Vaccine operations Central Provinces 1886-1899 - 1886-1899
Year: 1886
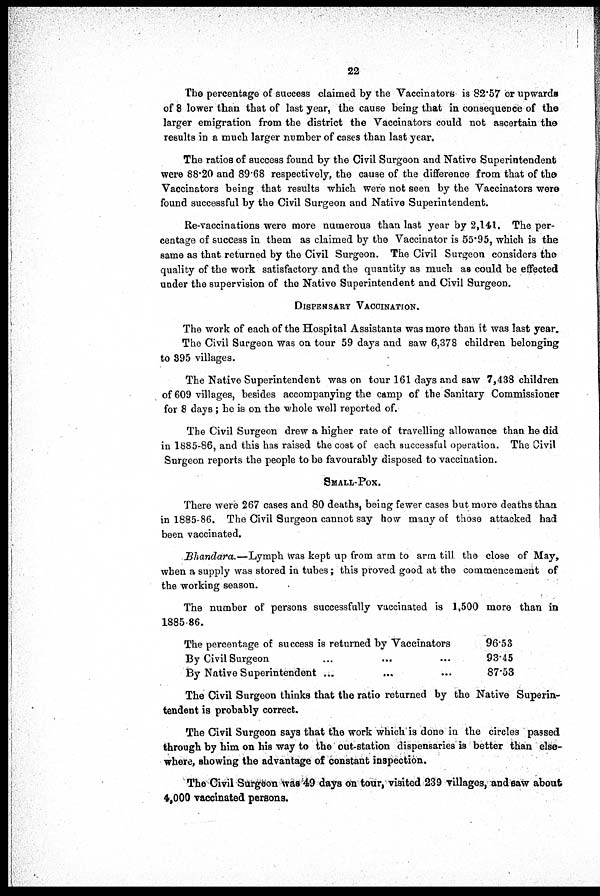
22
The percentage of success claimed by the Vaccinators is 82.57 or upwards
of 8 lower than that of last year, the cause being that in consequence of the
larger emigration from the district the Vaccinators could not ascertain the
results in a much larger number of cases than last year.
The ratios of success found by the Civil Surgeon and Native Superintendent
were 88.20 and 89.68 respectively, the cause of the difference from that of the
Vaccinators being that results which were not seen by the Vaccinators were
found successful by the Civil Surgeon and Native Superintendent.
Re-vaccinations were more numerous than last year by 2,141. The per-
centage of success in them as claimed by the Vaccinator is 55.95, which is the
same as that returned by the Civil Surgeon. The Civil Surgeon considers the
quality of the work satisfactory and the quantity as much as could be effected
under the supervision of the Native Superintendent and Civil Surgeon.
DISPENSARY VACCINATION.
The work of each of the Hospital Assistants was more than it was last year.
The Civil Surgeon was on tour 59 days and saw 6,378 children belonging
to 395 villages.
The Native Superintendent was on tour 161 days and saw 7,438 children
of 609 villages, besides accompanying the camp of the Sanitary Commissioner
for 8 days; he is on the whole well reported of.
The Civil Surgeon drew a higher rate of travelling allowance than he did
in 1885-86, and this has raised the cost of each successful operation. The Civil
Surgeon reports the people to be favourably disposed to vaccination.
SMALL-POX.
There were 267 cases and 80 deaths, being fewer cases but more deaths than
in 1885-86. The Civil Surgeon cannot say how many of those attacked had
been vaccinated.
Bhandara.—Lymph was kept up from arm to arm till the close of May,
when a supply was stored in tubes; this proved good at the commencement of
the working season.
The number of persons successfully vaccinated is 1,500 more than in
1885-86.
The percentage of success is returned by Vaccinators
By Civil Surgeon ... ... ...
By Native Superintendent ... ... ...
96.53
93.45
87.53
The Civil Surgeon thinks that the ratio returned by the Native Superin-
tendent is probably correct.
The Civil Surgeon says that the work which is done in the circles passed
through by him on his way to the out-station dispensaries is better than else-
where, showing the advantage of constant inspection.
The Civil Surgeon was 49 days on tour, visited 239 villages, and saw about
4,000 vaccinated persons.